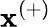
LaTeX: \mathbf{x}^{(+)}